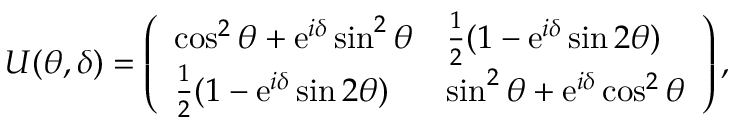
U ( \theta , \delta ) = \left( \begin{array} { l l } { \cos ^ { 2 } { \theta } + \mathrm { e } ^ { i \delta } \sin ^ { 2 } { \theta } } & { \frac { 1 } { 2 } ( 1 - \mathrm { e } ^ { i \delta } \sin { 2 \theta } ) } \\ { \frac { 1 } { 2 } ( 1 - \mathrm { e } ^ { i \delta } \sin { 2 \theta } ) } & { \sin ^ { 2 } { \theta } + \mathrm { e } ^ { i \delta } \cos ^ { 2 } { \theta } } \end{array} \right) ,